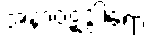
အနာဝဋဒွါရော